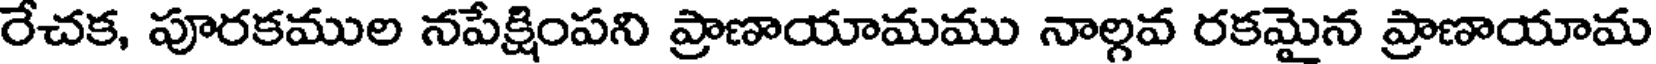
రేచక, పూరకముల నపేక్షింపని ప్రాణాయామము నాల్గవ రకమైన ప్రాణాయామ